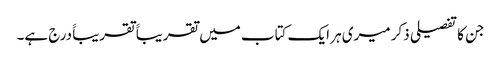
جن کا تفصیلی ذکر میری ہر ایک کتاب میں تقریباََ تقریباََ درج ہے۔